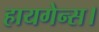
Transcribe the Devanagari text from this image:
हायगेन्स।